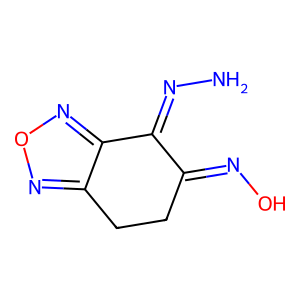
SMILES: NN=C1C(=NO)CCc2nonc21
Inhibits HIV replication: No